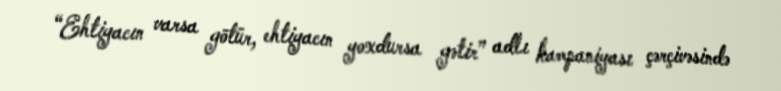
“Ehtiyacın varsa götür, ehtiyacın yoxdursa gətir” adlı kampaniyası çərçivəsində